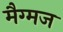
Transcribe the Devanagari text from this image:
मैग्मज